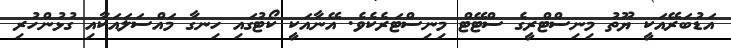
އަޑުބަރޭއަކީ ޔޫތު މިނިސްޓްރީގެ ސްޓޭޓް މިނިސްޓަރެކެވެ. އޭނާއަކީ ކޯޓުގައި ހިނގާ މައްސަލައަކާއި ގުޅުންހުރި